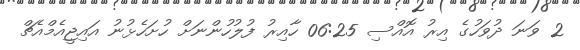
2 ވަނަ ދުވަހުގެ އިރު އޮއްސި 06:25 ހާއިރު ފުލުހުންނަށް ހުށަހެޅުނު އައިޖީއެމްއެޗް